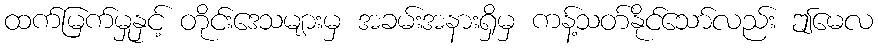
ထက်မြက်မှုနှင့် တိုင်းဒေသများမှ အခမ်းအနားရှိမှ ကန့်သတ်နိုင်သော်လည်း ဤမေလ